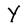
Character: Y